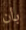
بأن